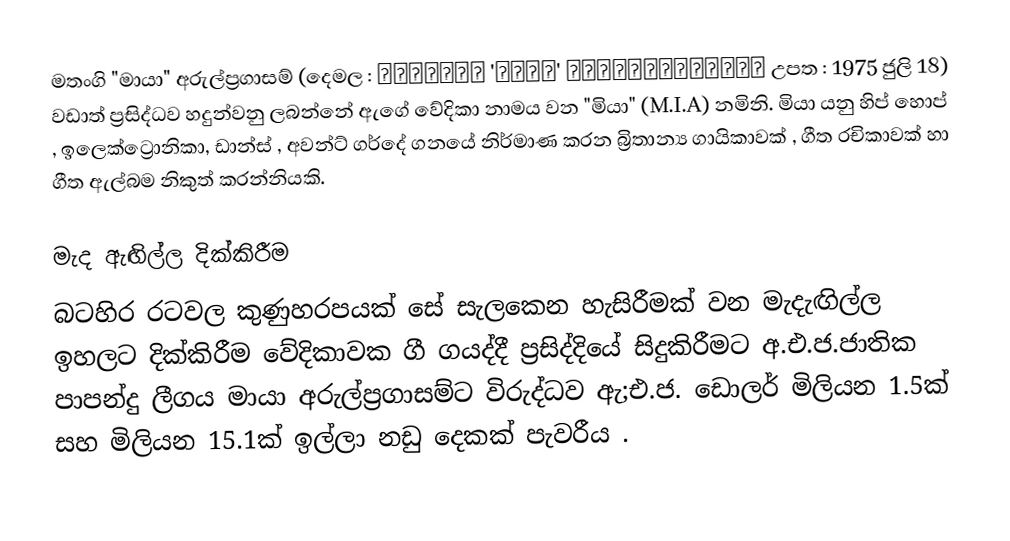
මතංගි "මායා" අරුල්ප්‍රගාසම් (දෙමල : மாதங்கி 'மாயா' அருள்பிரகாசம் උපත : 1975 ජුලි 18) වඩාත් ප්‍රසිද්ධව හදුන්වනු ලබන්නේ ඇගේ වේදිකා නාමය වන "මියා" (M.I.A) නමිනි. මියා යනු හිප් හොප් , ඉලෙක්ට්‍රොනිකා, ඩාන්ස් , අවන්ට් ගර්දේ ගනයේ නිර්මාණ කරන  බ්‍රිතාන්‍ය ගායිකාවක් , ගීත රචිකාවක් හා ගීත ඇල්බම නිකුත් කරන්නියකි.

මැද ඇඟිල්ල දික්කිරීම
බටහිර රටවල කුණුහරපයක් සේ සැලකෙන හැසිරීමක් වන මැදැඟිල්ල ඉහලට දික්කිරීම වේදිකාවක ගී ගයද්දී ප්‍රසිද්දියේ සිදුකිරීමට අ.එ.ජ.ජාතික පාපන්දු ලීගය මායා අරුල්ප්‍රගාසම්ට විරුද්ධව ඇ;එ.ජ. ඩොලර් මිලියන 1.5ක් සහ මිලියන 15.1ක් ඉල්ලා නඩු දෙකක්  පැවරීය .